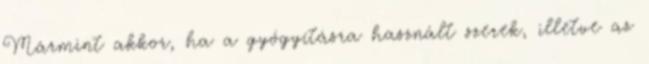
Mármint akkor, ha a gyógyításra használt szerek, illetve az